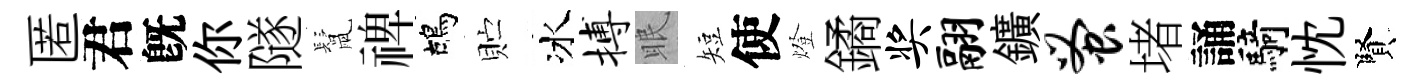
匿君旣你隧鬛禆鴣贮冰搏眠短使燈鐍奖翮鑛蚤堵誦騎忱賢